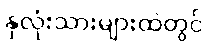
နှလုံးသားများထဲတွင်